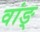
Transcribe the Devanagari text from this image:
वांङ्‌